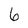
Character: 6